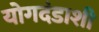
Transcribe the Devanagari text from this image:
योगदंडाशी